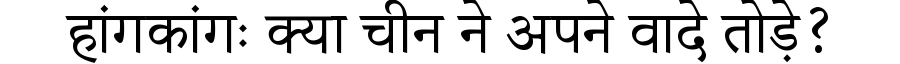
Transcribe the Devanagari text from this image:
हांगकांगः क्या चीन ने अपने वादे तोड़े?